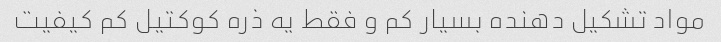
مواد تشکیل دهنده بسیار کم و فقط یه ذره کوکتیل کم کیفیت